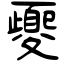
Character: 夒